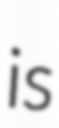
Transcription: is